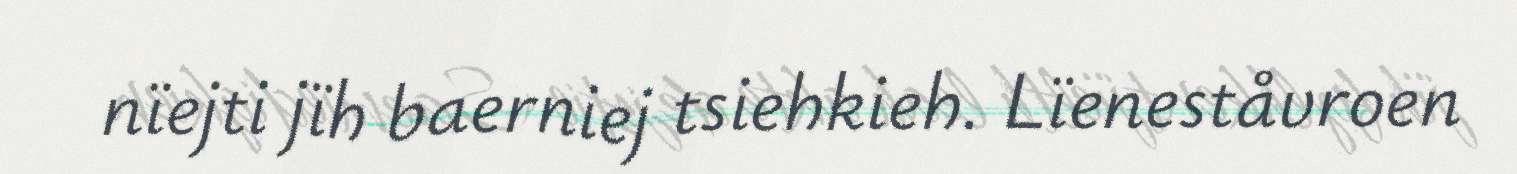
nïejti jïh baerniej tsiehkieh. Lïeneståvroen